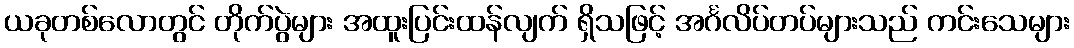
ယခုတစ်လောတွင် တိုက်ပွဲများ အထူးပြင်းထန်လျက် ရှိသဖြင့် အင်္ဂလိပ်တပ်များသည် ကင်းသေများ